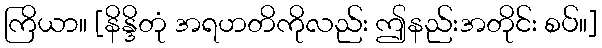
ကြိယာ။ [နိန္ဒိတုံ အရဟတိကိုလည်း ဤနည်းအတိုင်း စပ်။]